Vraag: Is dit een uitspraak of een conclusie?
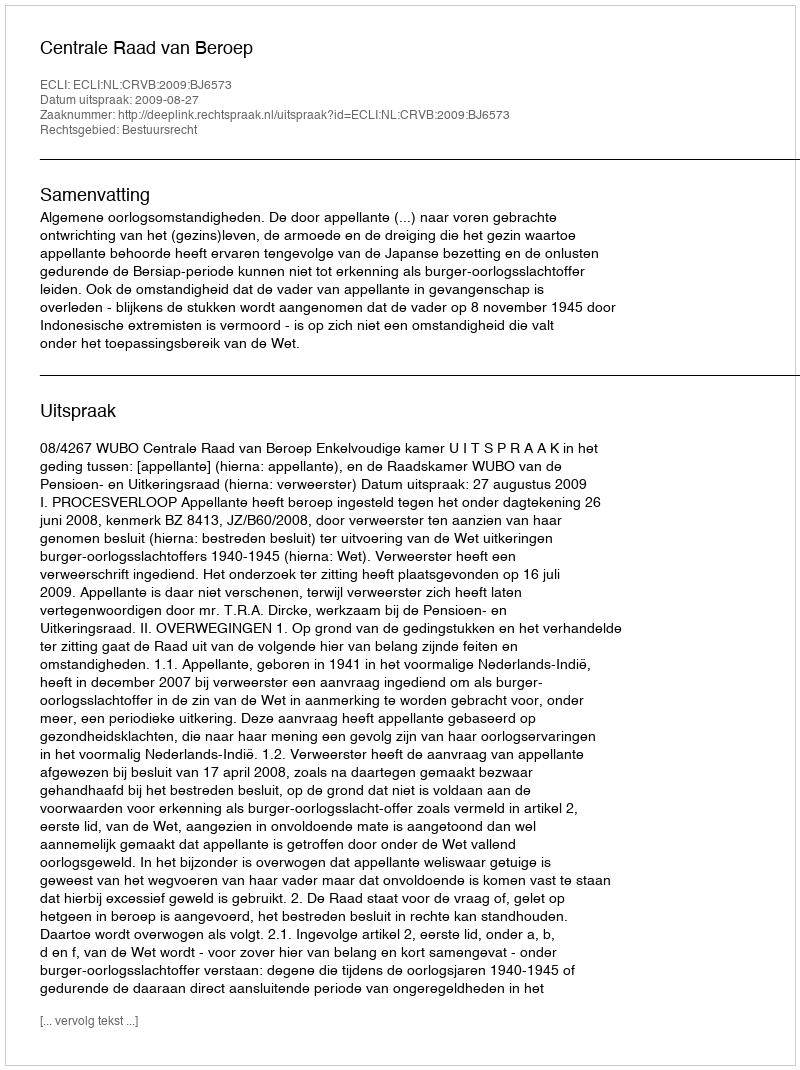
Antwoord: Uitspraak